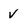
Character: v